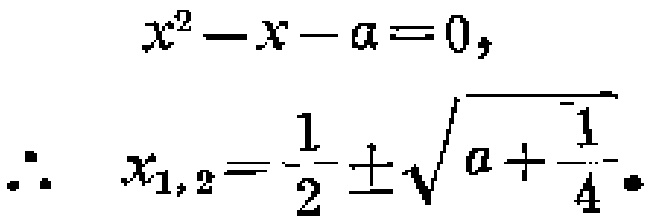
\[
x^{2}-x - a = 0,
\]
\[
\therefore x_{1,2}=\frac{1}{2}\pm\sqrt{a+\frac{1}{4}}.
\]